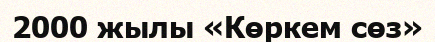
2000 жылы «Көркем сөз»